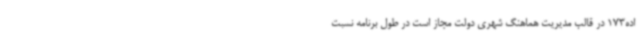
اده173 در قالب مدیریت هماهنگ شهری دولت مجاز است در طول برنامه نسبت